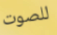
للصوت